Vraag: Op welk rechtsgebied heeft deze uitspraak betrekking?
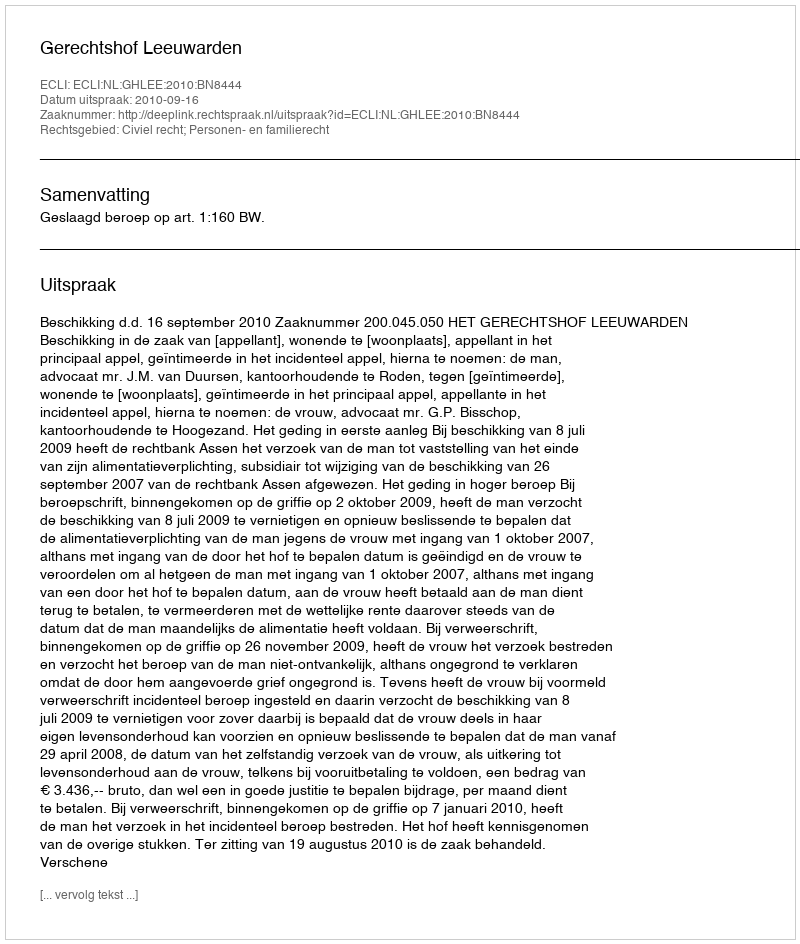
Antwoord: Civiel recht; Personen- en familierecht